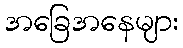
အခြေအနေများ